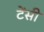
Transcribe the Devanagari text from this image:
टेंसी